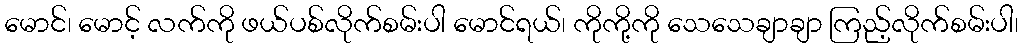
မောင်၊ မောင့် လက်ကို ဖယ်ပစ်လိုက်စမ်းပါ မောင်ရယ်၊ ကိုကို့ကို သေသေချာချာ ကြည့်လိုက်စမ်းပါ၊